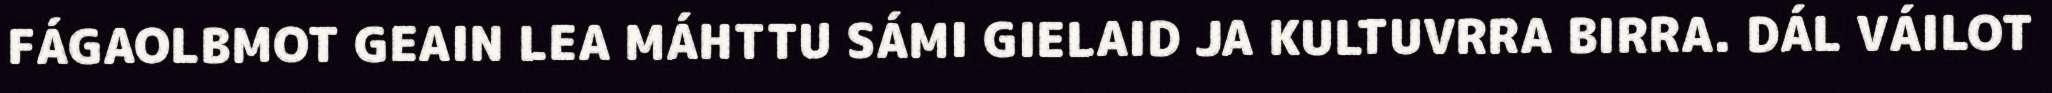
FÁGAOLBMOT GEAIN LEA MÁHTTU SÁMI GIELAID JA KULTUVRRA BIRRA. DÁL VÁILOT